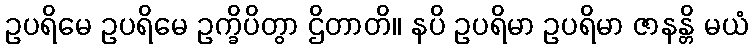
ဥပရိမေ ဥပရိမေ ဥက္ခိပိတွာ ဌိတာတိ။ နပိ ဥပရိမာ ဥပရိမာ ဇာနန္တိ မယံ